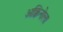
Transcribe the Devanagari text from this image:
अक्विनोला